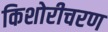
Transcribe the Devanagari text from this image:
किशोरीचरण